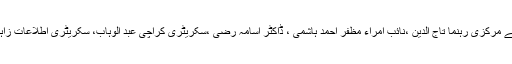
اس موقع پر حزب المجاہدین پاکستان کے مرکزی رہنما تاج الدین ،نائب امراء مظفر احمد ہاشمی ، ڈاکٹر اسامہ رضی ،سکریٹری کراچی عبد الوہاب، سکریٹری اطلاعات زاہد عسکری اور دیگر بھی موجود تھے ۔